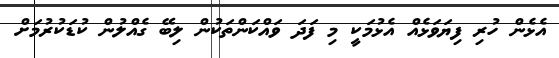
އެޅެން ހުރި ފިޔަވަޅެއް އެޅުމަކީ މި ފަދަ ވައްކަންތަކުން ލިބޭ ގެއްލުން ކުޑަކުރުމަށް